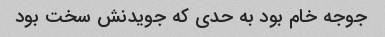
جوجه خام بود به حدی که جویدنش سخت بود